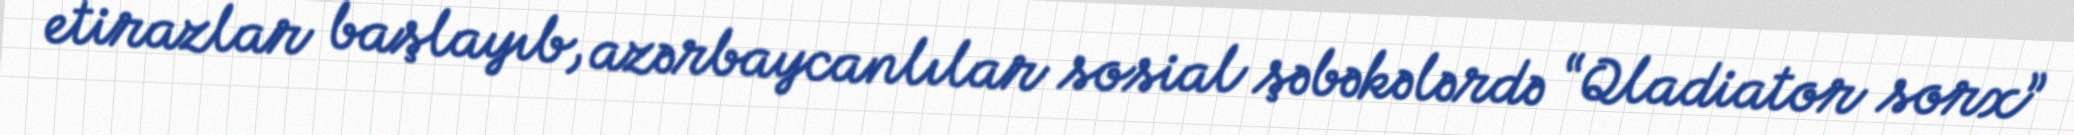
etirazlar başlayıb, azərbaycanlılar sosial şəbəkələrdə “Qladiator sorx”